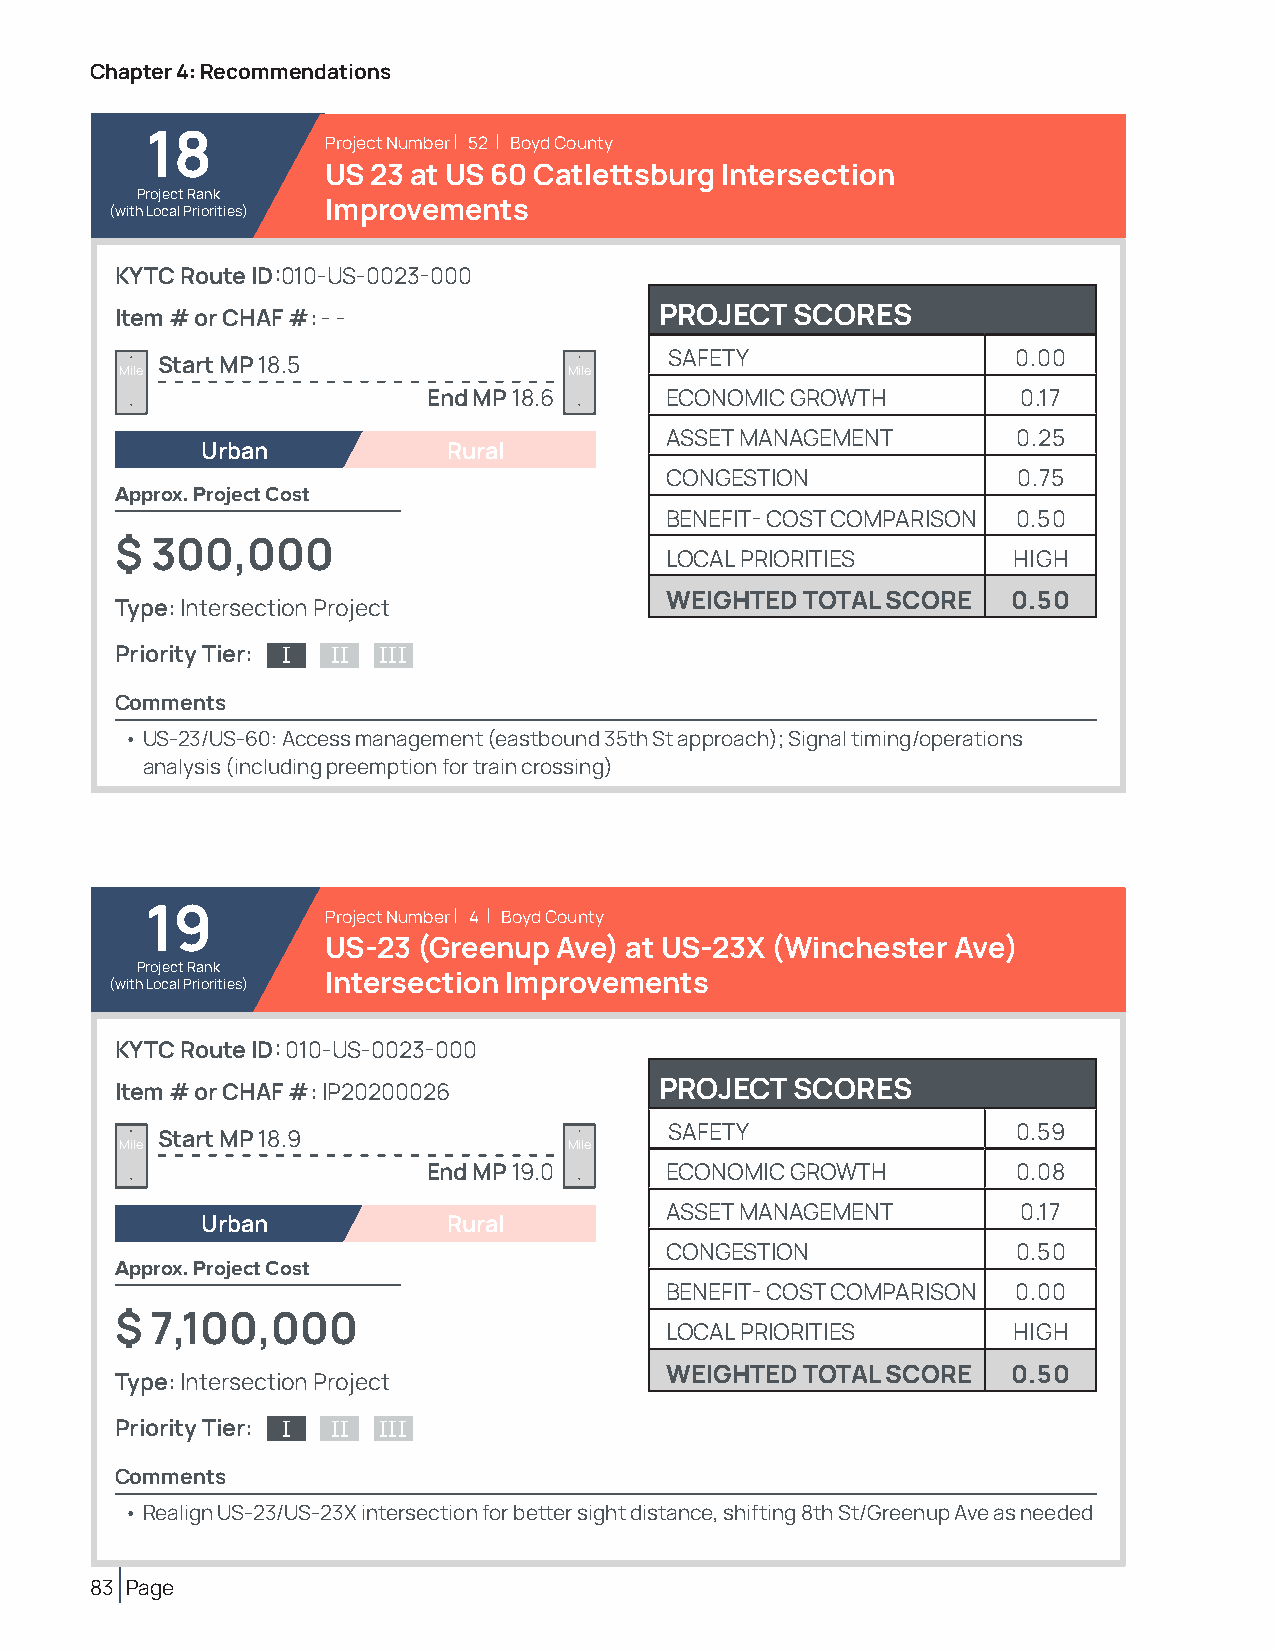
Chapter 4: Recommendations
 18          Project Number | 52 | Boyd County
 US 23 at US 60 Catlettsburg Intersection
 Project Rank
 (with Local Priorities) Improvements
 KYTC Route ID:010-US-0023-000
 Item # or CHAF #: - -               PROJECT  SCORES
 SAFETY                 0.00
 Start MP 18.5
 Mile                          Mile
 End MP 18.6     ECONOMIC GROWTH         0.17
 ASSET MANAGEMENT       0.25
 Urban            Rural
 CONGESTION             0.75
 Approx. Project Cost
 BENEFIT- COST COMPARISON 0.50
 $ 300,000
 LOCAL PRIORITIES       HIGH
 WEIGHTED TOTAL SCORE   0.50
 Type: Intersection Project
 Priority Tier: I II III
 Comments
 • US-23/US-60: Access management (eastbound 35th St approach); Signal timing/operations
 analysis (including preemption for train crossing)
 19          Project Number | 4 | Boyd County
 US-23 (Greenup Ave) at US-23X (Winchester Ave)
 Project Rank
 (with Local Priorities) Intersection Improvements
 KYTC Route ID: 010-US-0023-000
 Item # or CHAF #: IP20200026        PROJECT  SCORES
 SAFETY                 0.59
 Start MP 18.9
 Mile                          Mile
 End MP 19.0     ECONOMIC GROWTH        0.08
 ASSET MANAGEMENT        0.17
 Urban            Rural
 CONGESTION             0.50
 Approx. Project Cost
 BENEFIT- COST COMPARISON 0.00
 $ 7,100,000
 LOCAL PRIORITIES       HIGH
 WEIGHTED TOTAL SCORE   0.50
 Type: Intersection Project
 Priority Tier: I II III
 Comments
 • Realign US-23/US-23X intersection for better sight distance, shifting 8th St/Greenup Ave as needed
 83 Page